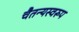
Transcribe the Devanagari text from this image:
चैतन्यस्वरूप